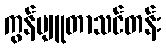
ကွန်ပျူတာသင်တန်း